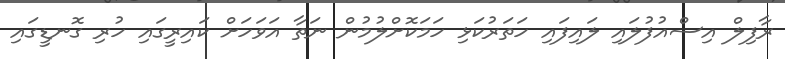
ރާފިލް އިސްއުފުލައި ލައިފައި ހަތަރުކަޅި ހަމަކޮށްލުމުން ނަތާ އަވަހަށް ކައިރީގައި ހުރި ގޮނޑީގައި